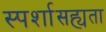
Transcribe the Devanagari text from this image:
स्पर्शासह्यता